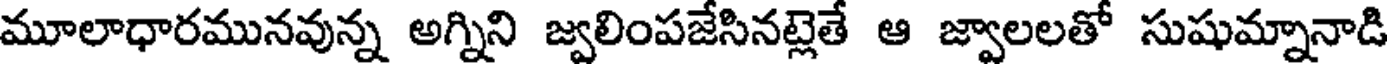
మూలాధారమునవున్న అగ్నిని జ్వలింపజేసినట్లెతే ఆ జ్వాలలతో సుషుమ్నానాడి